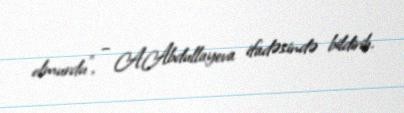
olmurdu”, – A.Abdullayeva ifadəsində bildirib.